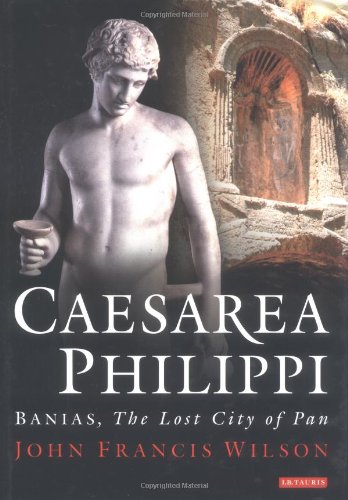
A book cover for Caesarea Philippi: Banias, The Lost City of Pan; John Wilson; History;